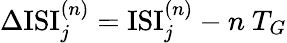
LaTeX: \Delta\mathrm{ISI}_{j}^{(n)}=\mathrm{ISI}_{j}^{(n)}-n~T_{G}